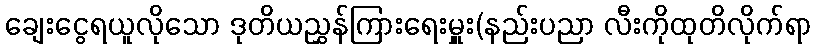
ချေးငွေရယူလိုသော ဒုတိယညွှန်ကြားရေးမှူး(နည်းပညာ လီးကိုထုတိလိုက်ရာ